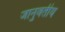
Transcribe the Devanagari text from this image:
जानुवतीय